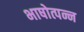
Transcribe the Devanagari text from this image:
भाषोत्पन्न